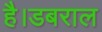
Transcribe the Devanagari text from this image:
है।डबराल